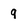
Character: 9